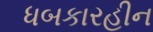
ધબકારહીન